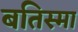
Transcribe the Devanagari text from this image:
बतिस्मा